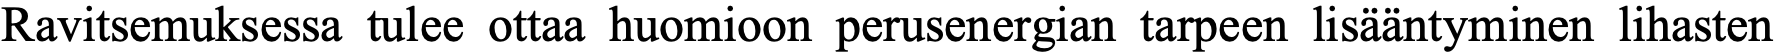
Ravitsemuksessa tulee ottaa huomioon perusenergian tarpeen lisääntyminen lihasten